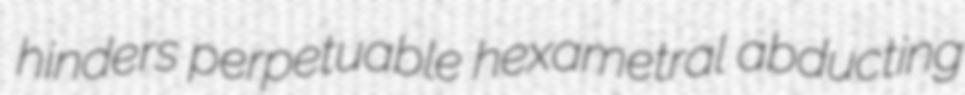
hinders perpetuable hexametral abducting